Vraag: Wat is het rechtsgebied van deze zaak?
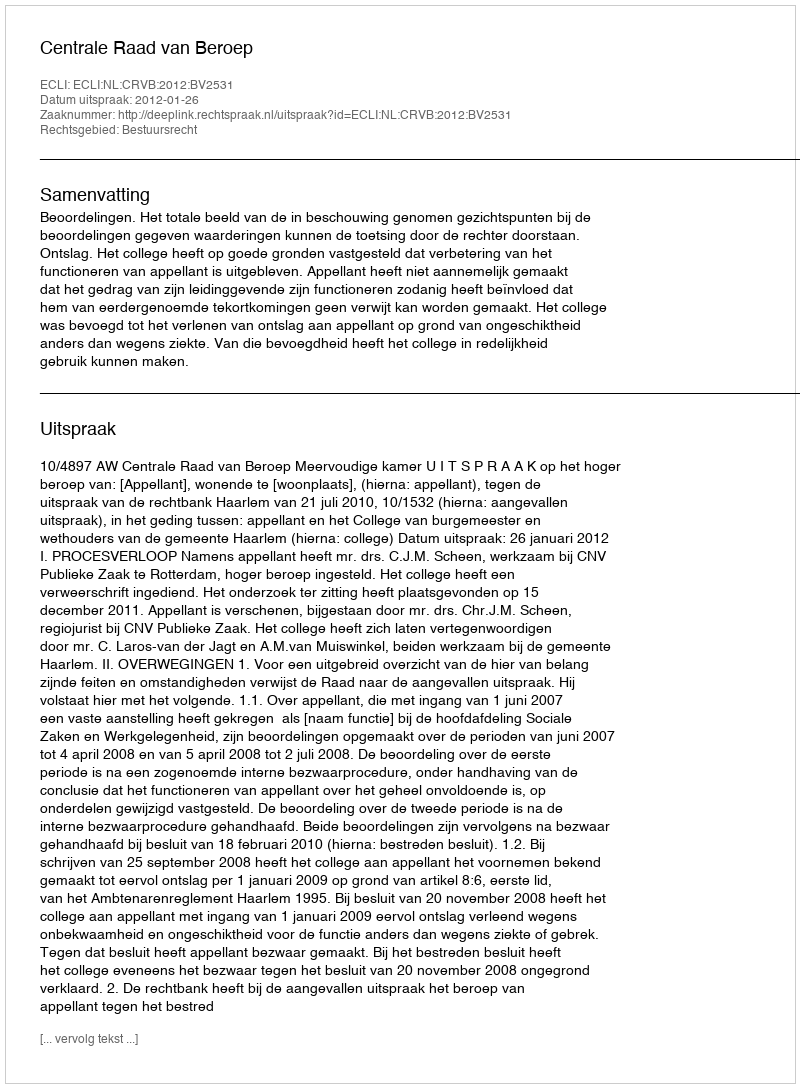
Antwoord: Bestuursrecht